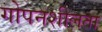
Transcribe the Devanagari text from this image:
गोपनशीलता